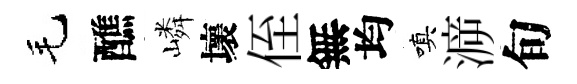
毛醮嶙壞侄無均嗔㴑旬